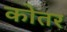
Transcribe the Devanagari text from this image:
कोतर